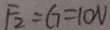
F _ { 2 } = G = 1 0 N